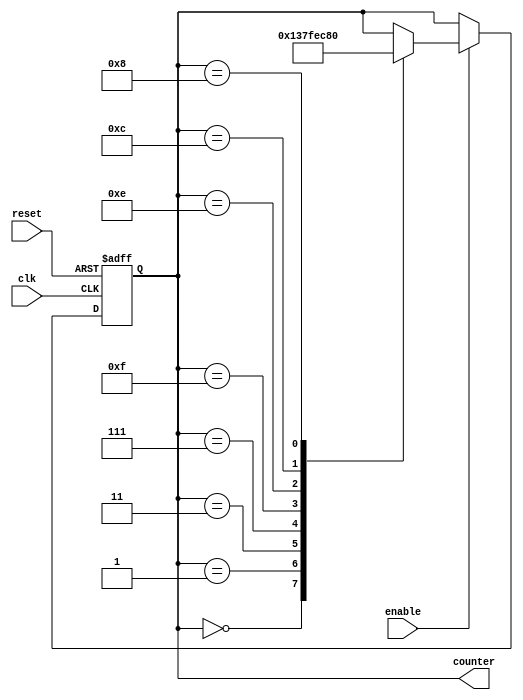
module johnson_counter_enable (
    input wire clk,
    input wire reset,
    input wire enable,
    output reg [3:0] counter
);

always @(posedge clk or posedge reset) begin
    if (reset) begin
        counter <= 4'b0000;
    end else if (enable) begin
        case(counter)
            4'b0000: counter <= 4'b0001;
            4'b0001: counter <= 4'b0011;
            4'b0011: counter <= 4'b0111;
            4'b0111: counter <= 4'b1111;
            4'b1111: counter <= 4'b1110;
            4'b1110: counter <= 4'b1100;
            4'b1100: counter <= 4'b1000;
            4'b1000: counter <= 4'b0000;
        endcase
    end
end

endmodule